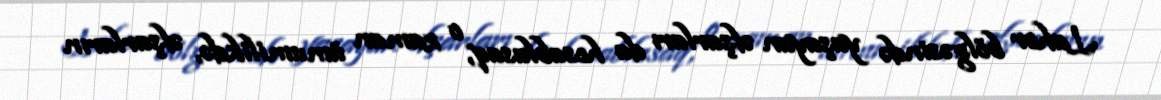
Lahor bölgəsində yaşayan əfşarları da hesablasaq, o zaman ümumilikdə, əfşarların